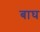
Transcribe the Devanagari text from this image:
बाघ्‍ा